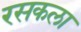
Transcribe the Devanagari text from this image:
रसकला